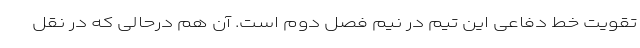
تقویت خط دفاعی این تیم در نیم فصل دوم است. آن هم درحالی که در نقل